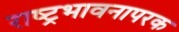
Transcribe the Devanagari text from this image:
राष्ट्रभावनापरक